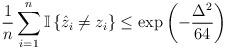
LaTeX: \begin{align*} \frac{1}{n} \sum_{i=1}^{n} \mathbb{I} \left\{ \hat{z}_i \neq z_i \right\} \le \exp \left( - \frac{\Delta^2}{64} \right)\end{align*}